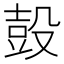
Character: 𰚃